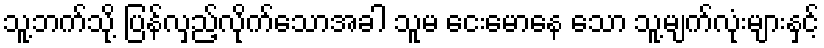
သူ့ဘက်သို့ ပြန်လှည့်လိုက်သောအခါ သူမ ငေးမောနေ သော သူ့မျက်လုံးများနှင့်